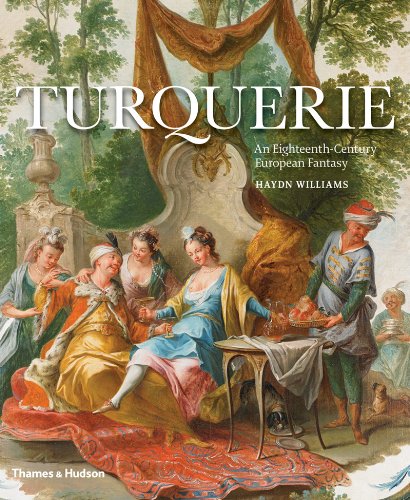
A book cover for Turquerie: An Eighteenth-Century European Fantasy; Haydn Williams; Science Fiction & Fantasy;